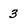
Character: 3